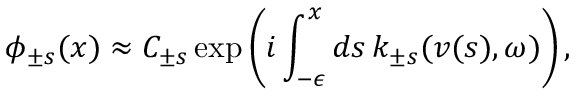
\phi _ { \pm s } ( x ) \approx C _ { \pm s } \exp \left( i \int _ { - \epsilon } ^ { x } d s \, k _ { \pm s } ( v ( s ) , \omega ) \right) ,